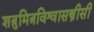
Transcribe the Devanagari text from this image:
शत्रुमित्रविश्वासस्त्रीसी